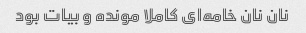
نان نان خامه‌ای کاملا مونده و بیات بود